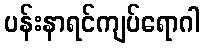
ပန်းနာရင်ကျပ်ရောဂါ